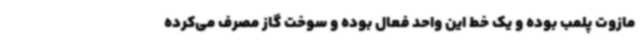
مازوت پلمب بوده و یک خط این واحد فعال بوده و سوخت گاز مصرف می‌کرده